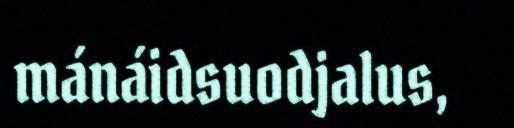
mánáidsuodjalus,